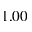
1 . 0 0